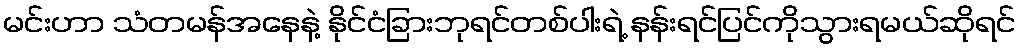
မင်းဟာ သံတမန်အနေနဲ့ နိုင်ငံခြားဘုရင်တစ်ပါးရဲ့ နန်းရင်ပြင်ကိုသွားရမယ်ဆိုရင်